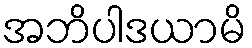
အဘိပါဒယာမိ